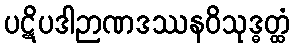
ပဋိပဒါဉာဏဒဿနဝိသုဒ္ဓတ္ထံ